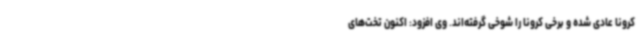
کرونا عادی شده و برخی کرونا را شوخی گرفته‌اند. وی افزود: اکنون تخت‌های